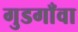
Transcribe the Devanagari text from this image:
गुडगाँवा